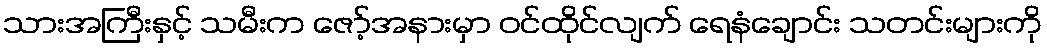
သားအကြီးနှင့် သမီးက ဇော့်အနားမှာ ဝင်ထိုင်လျက် ရေနံချောင်း သတင်းများကို